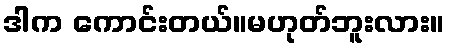
ဒါက ကောင်းတယ်။မဟုတ်ဘူးလား။